Problem: 36 - 5 = ?
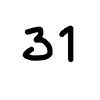
Handwritten answer: 31